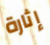
إثارة